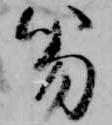
笏